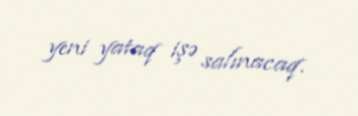
yeni yataq işə salınacaq.